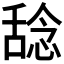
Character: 𫫞